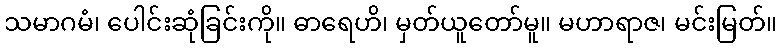
သမာဂမံ၊ ပေါင်းဆုံခြင်းကို။ ဓာရေဟိ၊ မှတ်ယူတော်မူ။ မဟာရာဇ၊ မင်းမြတ်။